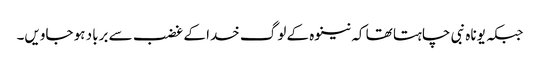
جبکہ یوناہ نبی چاہتا تھا کہ نینوہ کے لوگ خدا کے غضب سے برباد ہو جاویں۔